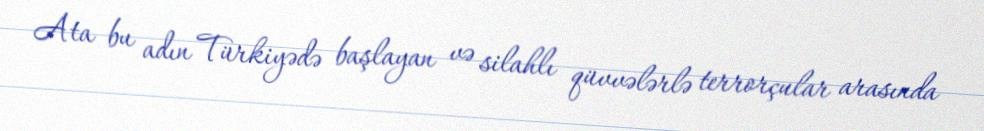
Ata bu adın Türkiyədə başlayan və silahlı qüvvələrlə terrorçular arasında